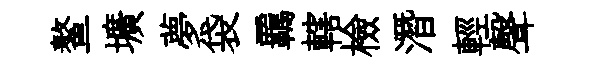
鳌壙夢袋覊轄檢潛輕聲